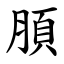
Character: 䐓